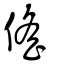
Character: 傜